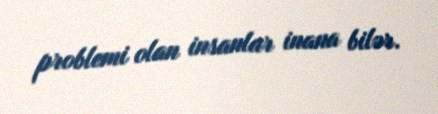
problemi olan insanlar inana bilər.